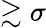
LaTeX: \gtrsim\sigma